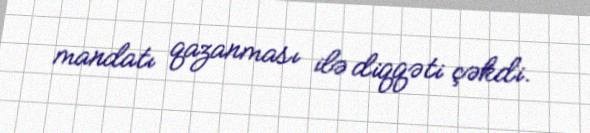
mandatı qazanması ilə diqqəti çəkdi.